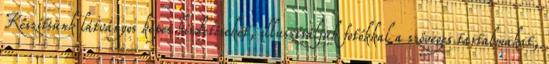
Készítsünk látványos képes hirdetéseket, illusztráljuk fotókkal a szöveges tartalmakat,